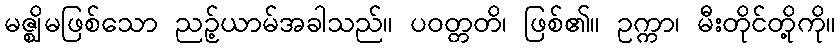
မဇ္ဈိမဖြစ်သော ညဉ့်ယာမ်အခါသည်။ ပဝတ္တတိ၊ ဖြစ်၏။ ဥက္ကာ၊ မီးတိုင်တို့ကို။